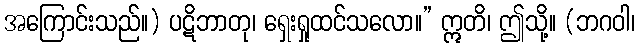
အကြောင်းသည်။) ပဋိဘာတု၊ ရှေးရှုထင်သလော။” ဣတိ၊ ဤသို့။ (ဘဂဝါ၊